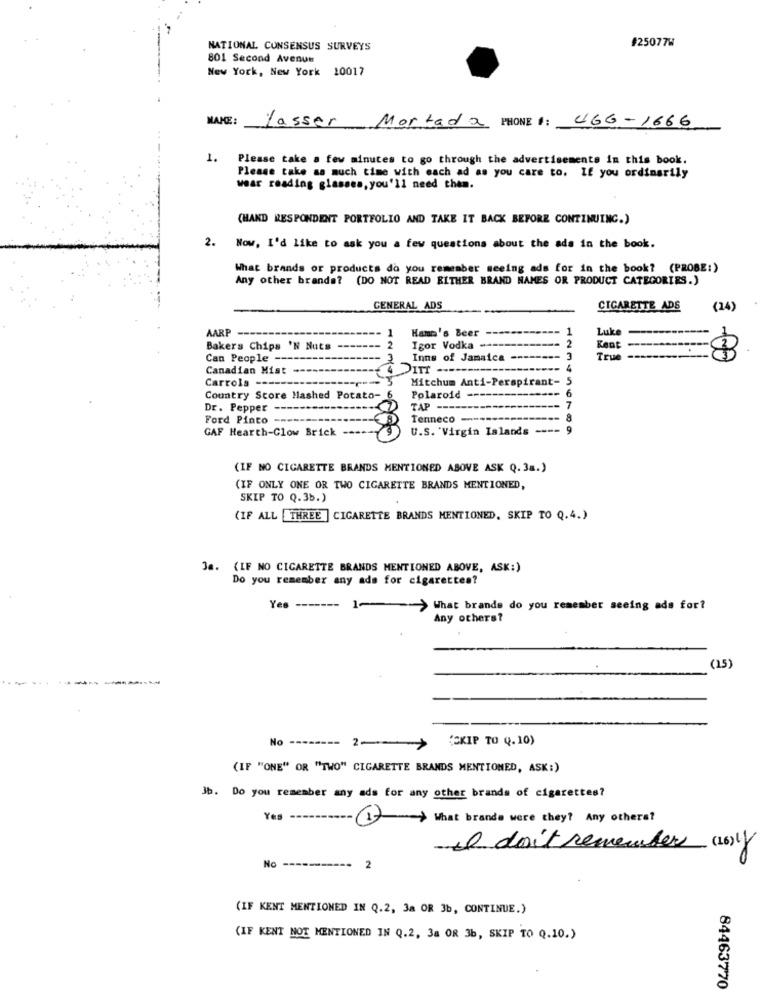
#25077W
NATIONAL CONSENSUS SURVEYS
801 Second Avenue
New York, New York 10017
MAKE:
UGG-1666
Lasser
Mortada PHONE :
1. Please take a few minutes to go through the advertisements in this book.
Please take sa much time with each ad as you care to. If you ordinarily
wear reading glasses, you'll need them.
(HAND RESPONDENT PORTFOLIO AND TAKE IT BACK BEFORE CONTINUING.)
2. Now, I'd like to ask you a few questions about the ada in the book.
What brands or products do you remember seeing ads for in the book? (PROBE:)
Any other brands? (DO NOT READ EITHER BRAND NAMES OR PRODUCT CATEGORIES.)
GENERAL ADS
CIGARETTE ADS
(24)
AARP
1
Hamm's Beer
1
Luke
--
2
Bakers Chips 'N Nuts
2
Igor Vodka --
-----
Kent
Can People --
Inns of Jamaica --
3
True --
Canadian Mist --
4 ITI ---
Carrols ----
Mitchum Anti-Perspirant-5
6
Country Score Mashed Potato-
Polaroid --
Polaroid ---------------
Dr. Pepper
TAP --------------------
7
Ford Pinto ---
Tenneco -----
8
GAF Hearth-Clow Brick
U.S. "Virgin Islands ---- 9
(IF NO CIGARETTE BRANDS MENTIONED ABOVE ASK Q. 3a.)
(IF ONLY ONE OR TWO CIGARETTE BRANDS MENTIONED,
SKIP TO Q.3b.)
(IF ALL THREE ] CIGARETTE BRANDS MENTIONED, SKIP TO Q.4.)
Ja. {IF NO CIGARETTE BRANDS MENTIONED ABOVE, ASK:)
Do you remember any ads for cigarettes?
Yes -------
1-> What brande do you remember seeing ads for?
Any others?
(15)
No -
SKIP TO Q.10)
2 -- >
(IF "ONE" OR "TWO" CIGARETTE BRANDS MENTIONED, ASK:)
Jb. Do you remember any ads for any other brands of cigarettes?
Yes
-1>> What brands were they? Any otherat
i don't remember (16) y
No -----------
2
(IF KENT MENTIONED IN Q.2, 3a OR 3b, CONTINUE.)
(IF KENT NOT MENTIONED IN Q.2, 3a OR 3b, SKIP TO Q.10.)
84463770